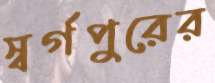
স্বর্গপুরের